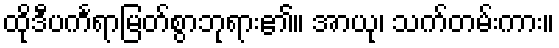
ထိုဒီပင်္ကရာမြတ်စွာဘုရား၏။ အာယု၊ သက်တမ်းကား။